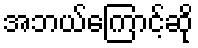
အဘယ်ကြောင့်ဆို